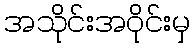
အသိုင်းအဝိုင်းမှ